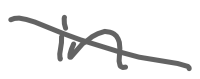
Text: in
Cross-out: diagonal
Writing tool: digital_gray